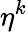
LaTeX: \eta^{k}